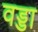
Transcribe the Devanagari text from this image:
वड्डा